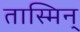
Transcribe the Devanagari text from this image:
तास्मिन्